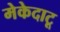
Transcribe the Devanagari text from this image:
मेकेदाटू